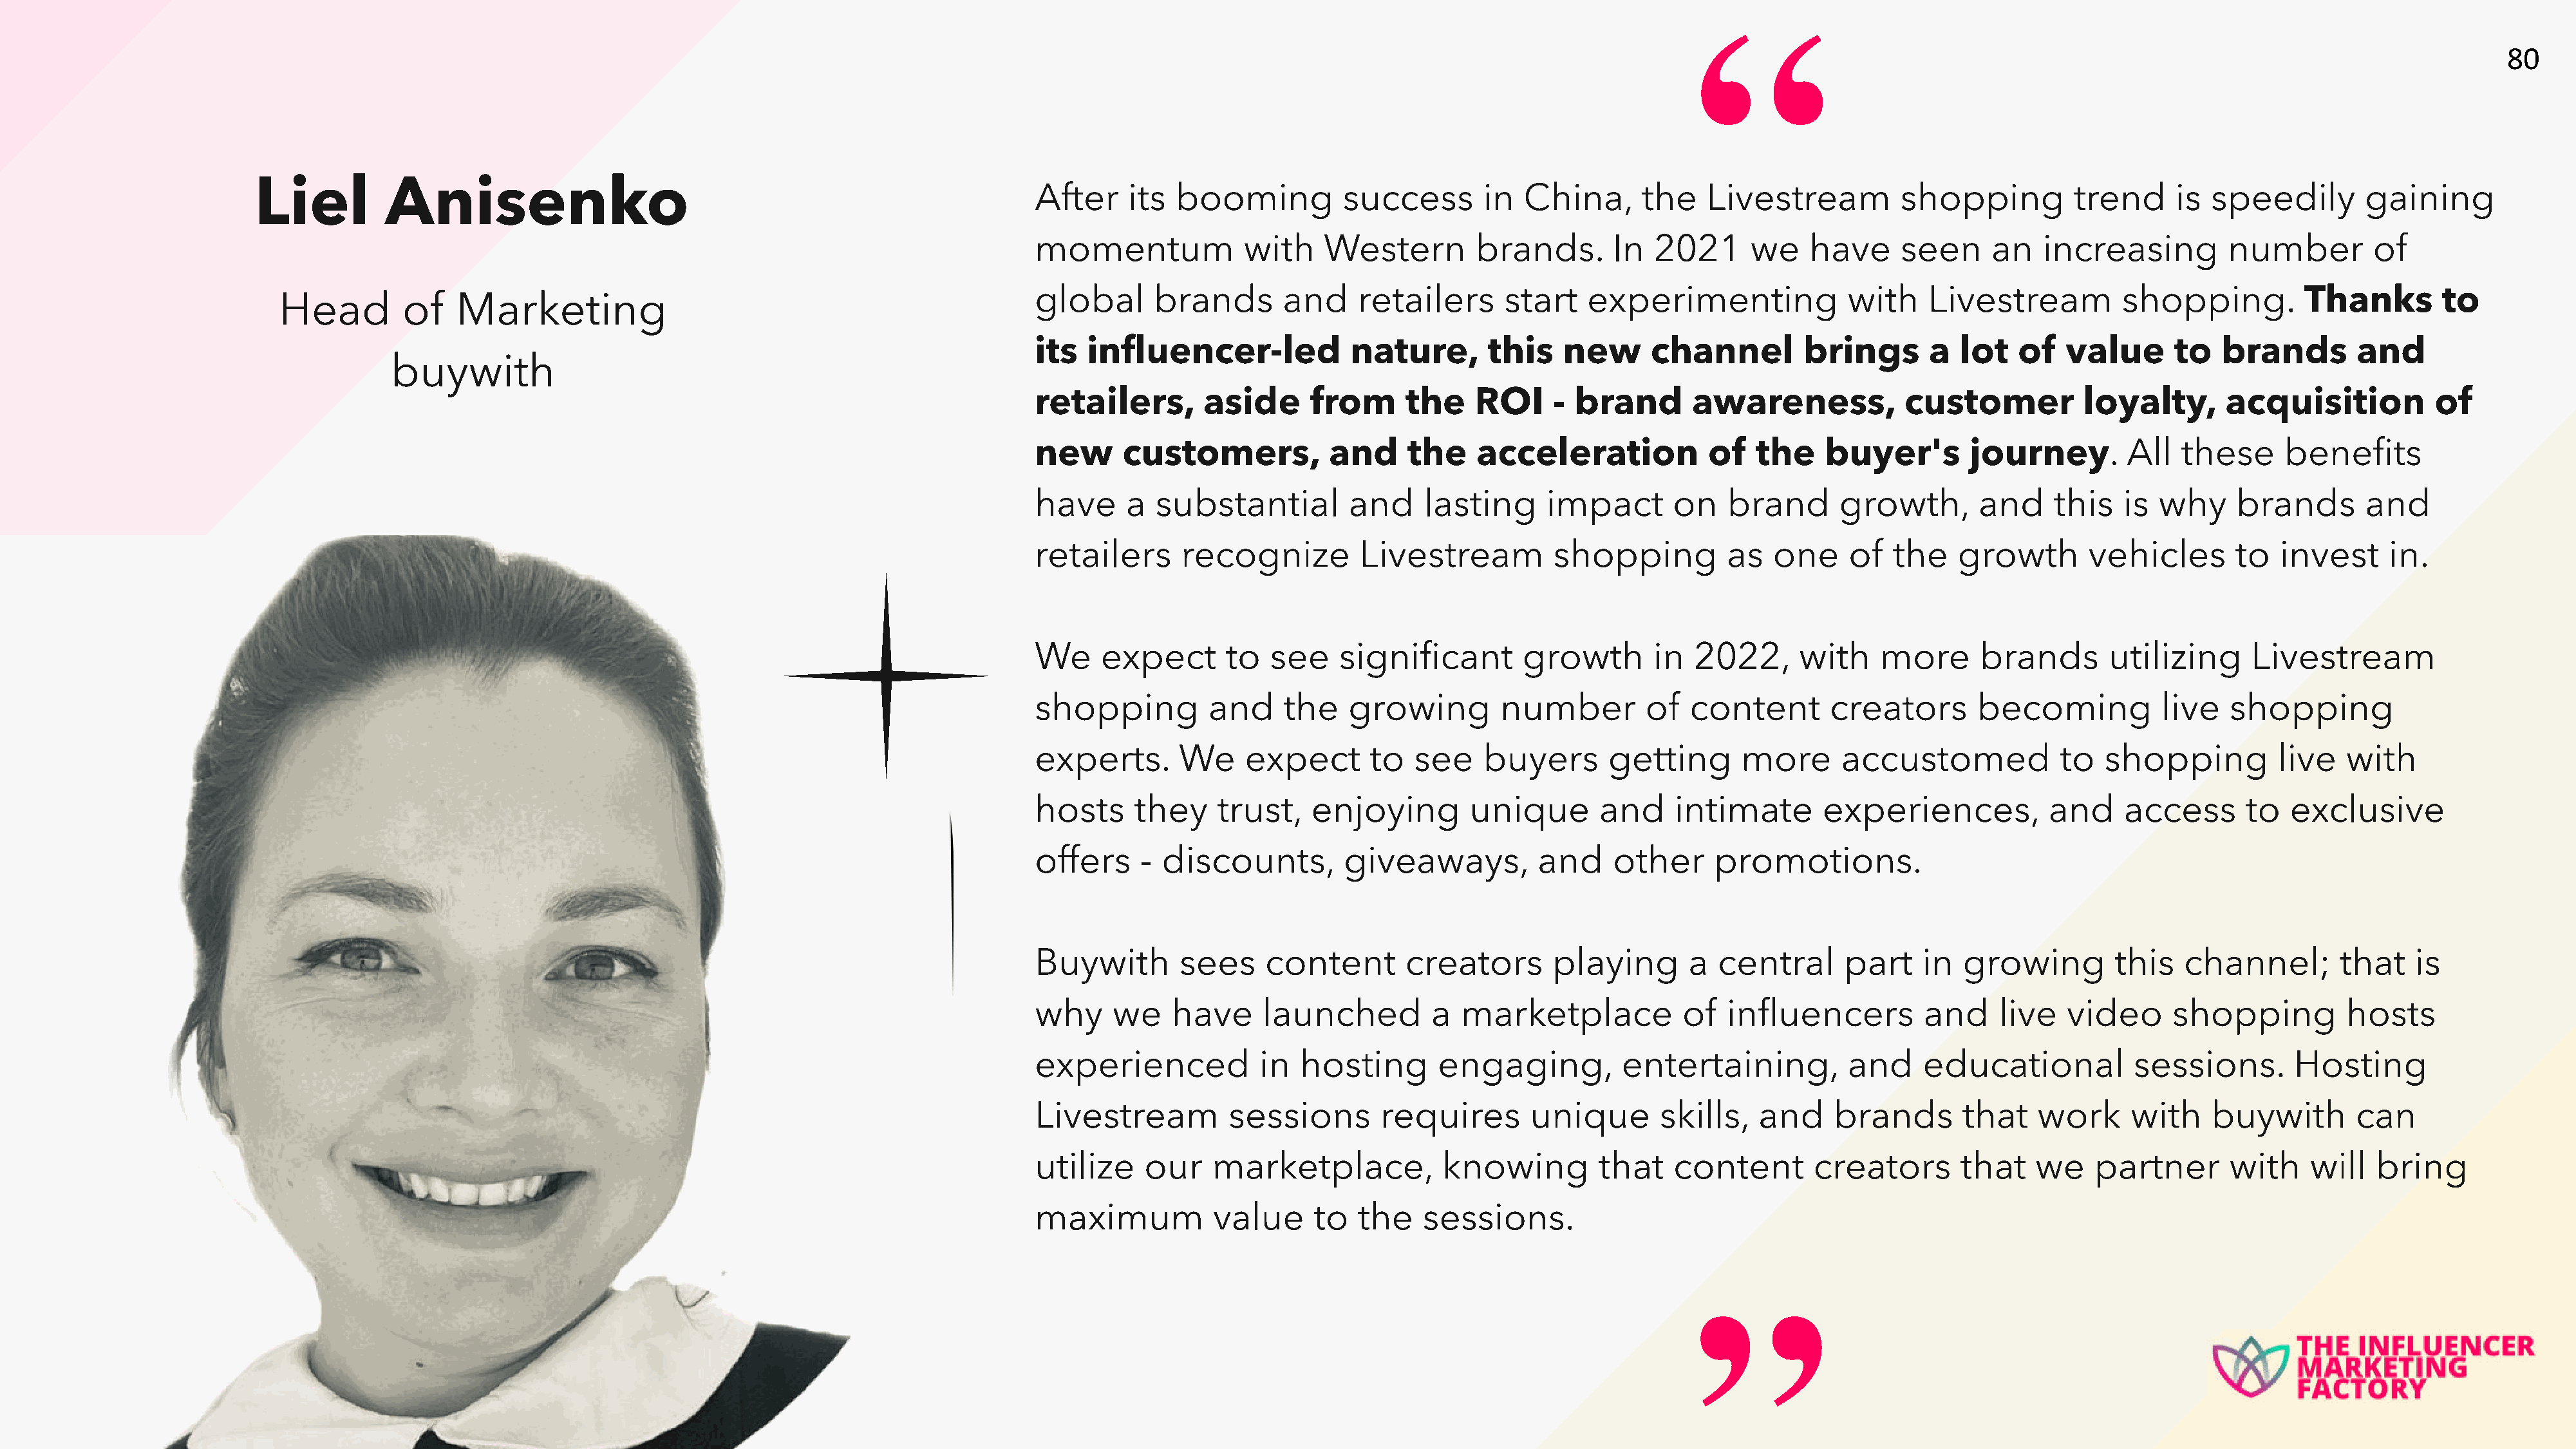
“
 80
 Liel          Anisenko
 After     its  booming          success       in   China,      the   Livestream          shopping          trend      is speedily        gaining
 momentum              with    Western         brands.       In  2021      we    have     seen      an   increasing         number         of
 global       brands       and     retailers      start   experimenting              with    Livestream          shopping.          Thanks        to
 Head        of    Marketing
 its   influencer-led             nature,       this    new      channel        brings       a  lot   of   value       to  brands        and
 buywith
 retailers,        aside      from      the    ROI     - brand       awareness,            customer          loyalty,       acquisition          of
 new      customers,            and     the    acceleration            of   the    buyer's       journey.         All  these      benefits
 have      a  substantial         and    lasting      impact       on    brand      growth,       and     this   is  why     brands       and
 retailers      recognize          Livestream          shopping          as  one     of   the   growth        vehicles       to  invest      in.
 We     expect       to   see    significant        growth       in  2022,      with    more      brands        utilizing     Livestream
 shopping          and     the    growing        number         of   content       creators       becoming           live   shopping
 experts.       We     expect       to  see    buyers       getting       more      accustomed             to  shopping          live   with
 hosts      they    trust,    enjoying        unique       and     intimate       experiences,            and    access       to  exclusive
 offers     - discounts,         giveaways,          and     other     promotions.
 Buywith        sees     content       creators        playing       a  central      part    in  growing        this    channel;        that   is
 why     we    have      launched         a  marketplace            of   influencers         and    live   video      shopping          hosts
 experienced            in   hosting       engaging,          entertaining,          and     educational          sessions.        Hosting
 Livestream          sessions        requires       unique        skills,   and     brands       that   work      with    buywith        can
 utilize     our    marketplace,           knowing         that    content       creators        that   we    partner       with    will   bring
 maximum            value     to   the   sessions.
 ”